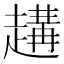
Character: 𧽝